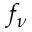
f _ { \nu }